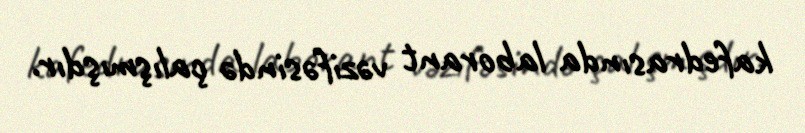
kafedrasında laborant vəzifəsində çalışmışdır.